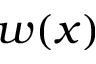
w ( x )